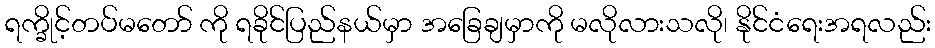
ရက္ခိုင့်တပ်မတော် ကို ရခိုင်ပြည်နယ်မှာ အခြေချမှာကို မလိုလားသလို၊ နိုင်ငံရေးအရလည်း